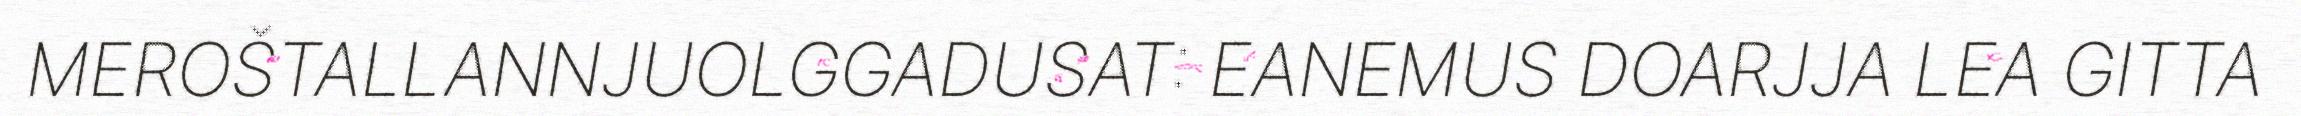
MEROŠTALLANNJUOLGGADUSAT: EANEMUS DOARJJA LEA GITTA